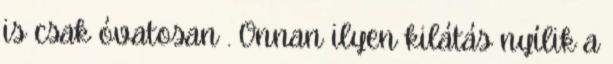
is csak óvatosan . Onnan ilyen kilátás nyílik a